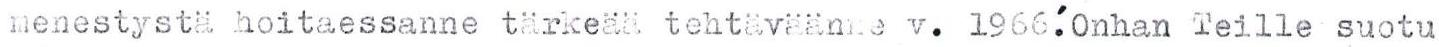
menestystä hoitaessanne tärkeää tehtäväänne v. 1966.´ Onhan Teille suotu